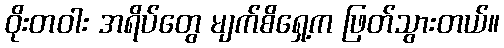
ဝိုးတဝါး အရိပ်တွေ မျက်စိရှေ့က ဖြတ်သွားတယ်။